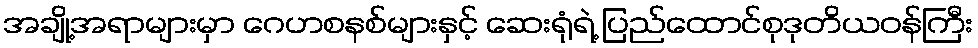
အချို့အရာများမှာ ဂေဟစနစ်များနှင့် ဆေးရုံရဲ့ ပြည်ထောင်စုဒုတိယဝန်ကြီး